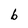
Character: b